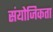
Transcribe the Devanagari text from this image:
संयोजिकता